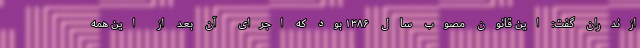
ازندران گفت: این قانون مصوب سال ۱۳۸۶ بود که اجرای آن بعد از این همه